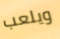
ويلعب